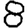
Digit: 8